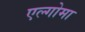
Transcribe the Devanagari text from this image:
एल्गोमा